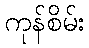
ကုန်စိမ်း